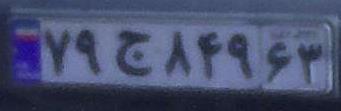
۷۹ج۸۴۹۶۳